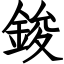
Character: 鋑